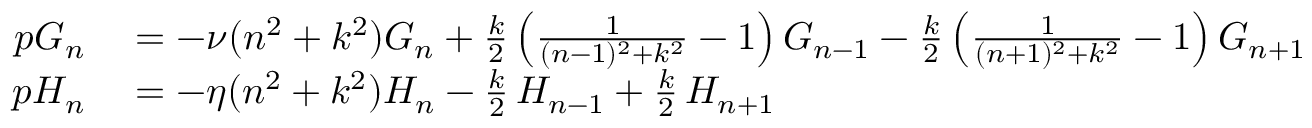
\begin{array} { r l } { p G _ { n } } & { { } = - \nu ( n ^ { 2 } + k ^ { 2 } ) G _ { n } + \frac { k } { 2 } \left( \frac { 1 } { ( n - 1 ) ^ { 2 } + k ^ { 2 } } - 1 \right) G _ { n - 1 } - \frac { k } { 2 } \left( \frac { 1 } { ( n + 1 ) ^ { 2 } + k ^ { 2 } } - 1 \right) G _ { n + 1 } } \\ { p H _ { n } } & { { } = - \eta ( n ^ { 2 } + k ^ { 2 } ) H _ { n } - \frac { k } { 2 } \, H _ { n - 1 } + \frac { k } { 2 } \, H _ { n + 1 } } \end{array}